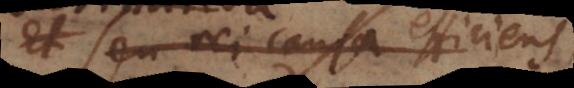
Et seu causa efficiens,